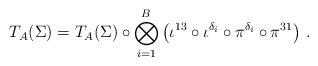
LaTeX: \begin{align*} T_A(\Sigma) = T_A(\Sigma) \circ\bigotimes_{i=1}^B \big( \iota^{13} \circ \iota^{\delta_i} \circ \pi^{\delta_i} \circ \pi^{31} \big) \ . \end{align*}